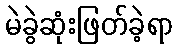
မဲခွဲဆုံးဖြတ်ခဲ့ရာ